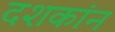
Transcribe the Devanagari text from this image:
दशकांन